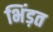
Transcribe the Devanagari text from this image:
भिंड़त